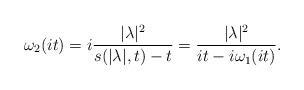
LaTeX: \begin{align*} \omega_2(it)=i\frac{|\lambda|^2}{s(|\lambda|, t)-t}=\frac{|\lambda|^2}{it-i\omega_1(it)}.\end{align*}